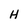
Character: H